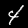
Label: 4